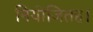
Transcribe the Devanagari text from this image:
नियोजितह।